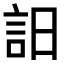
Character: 𧥵